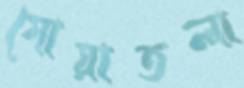
গোয়াতলা